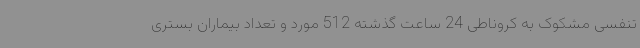
تنفسی مشکوک به کروناطی 24 ساعت گذشته 512 مورد و تعداد بیماران بستری